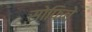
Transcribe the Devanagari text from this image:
सोफिचे